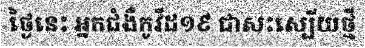
ថ្ងៃនេះ អ្នកជំងឺកូវីដ១៩ ជាសះស្បើយថ្មី